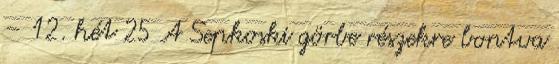
– 12. hét 25 A Sepkoski görbe részekre bontva